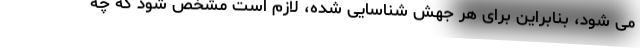
می شود، بنابراین برای هر جهش شناسایی شده، لازم است مشخص شود که چه